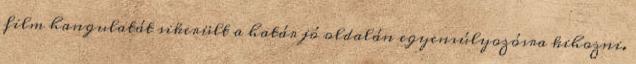
film hangulatát sikerült a határ jó oldalán egyensúlyozósra kihozni.